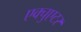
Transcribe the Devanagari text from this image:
एक्चुएटर